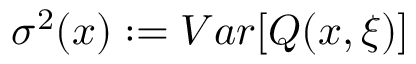
\sigma ^ { 2 } ( x ) : = V a r [ Q ( x , \xi ) ]